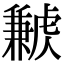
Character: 𧈁